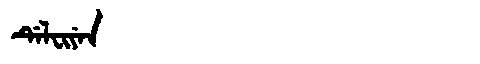
Manchu: ᡩᡝᠯᠸᡳᠶᡝᠨ
Romanization: DELFIYEN